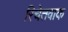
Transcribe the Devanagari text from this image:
रिचेतवाक